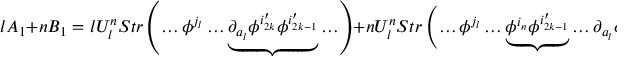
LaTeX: l A _ { 1 } + n B _ { 1 } = l U _ { l } ^ { n } S t r \left( \ldots \phi ^ { j _ { l } } \ldots \underbrace { \partial _ { a _ { l } } \phi ^ { i _ { 2 k } ^ { \prime } } \phi ^ { i _ { 2 k - 1 } ^ { \prime } } } \ldots \right) + n U _ { l } ^ { n } S t r \left( \ldots \phi ^ { j _ { l } } \ldots \underbrace { \phi ^ { i _ { n } } \phi ^ { i _ { 2 k - 1 } ^ { \prime } } } \ldots \partial _ { a _ { l } } \phi ^ { i _ { 2 k } ^ { \prime } } \ldots \right)